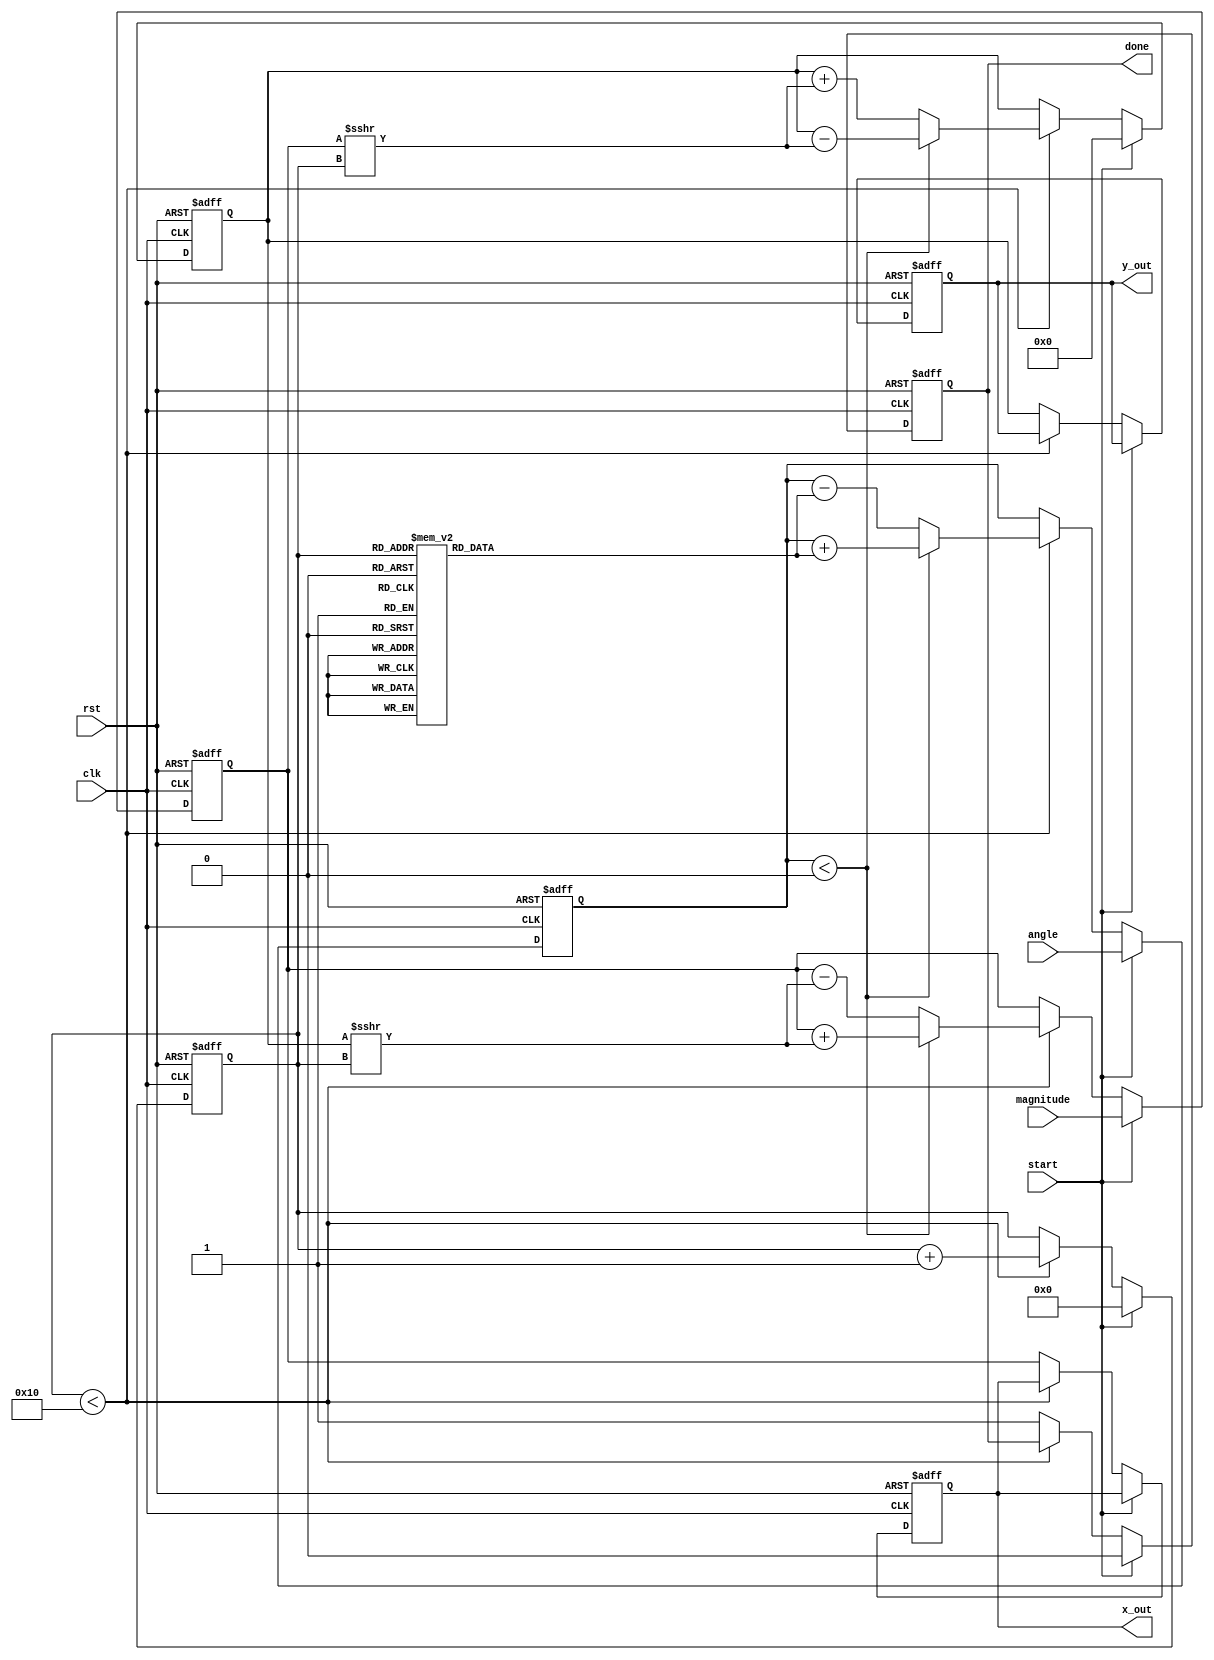
module cordic (
    input wire clk,
    input wire rst,
    input wire [15:0] angle, // Input angle in fixed-point format
    input wire [15:0] magnitude, // Input magnitude for vector operations
    input wire start,
    output reg [15:0] x_out, // Output for x coordinate
    output reg [15:0] y_out, // Output for y coordinate
    output reg done // Indicates completion of computation
);

    // CORDIC parameters
    parameter NUM_ITERATIONS = 16; // Number of iterations
    reg [15:0] atan_table [0:NUM_ITERATIONS-1]; // Lookup table for arctangent values
    reg [15:0] x, y, z; // Internal registers for x, y, and angle
    reg [3:0] iteration; // Iteration counter

    // Initialize the arctangent lookup table
    initial begin
        atan_table[0] = 16'h2000; // atan(2^0) = 0.7854 (in fixed-point)
        atan_table[1] = 16'h1000; // atan(2^-1)
        atan_table[2] = 16'h0800; // atan(2^-2)
        atan_table[3] = 16'h0400; // atan(2^-3)
        // Continue filling the table...
        // atan_table[4] = ...
        // ...
        atan_table[15] = 16'h0001; // atan(2^-15)
    end

    // State machine for CORDIC computation
    always @(posedge clk or posedge rst) begin
        if (rst) begin
            x <= 0;
            y <= 0;
            z <= 0;
            iteration <= 0;
            done <= 0;
            x_out <= 0;
            y_out <= 0;
        end else if (start) begin
            // Initialize values
            x <= magnitude; // Start with the input magnitude
            y <= 0; // Initial y is 0
            z <= angle; // Load the input angle
            iteration <= 0; // Reset iteration counter
            done <= 0; // Reset done flag
        end else if (iteration < NUM_ITERATIONS) begin
            // CORDIC rotation algorithm
            if (z < 0) begin
                // Rotate clockwise
                x <= x + (y >>> iteration);
                y <= y - (x >>> iteration);
                z <= z + atan_table[iteration];
            end else begin
                // Rotate counterclockwise
                x <= x - (y >>> iteration);
                y <= y + (x >>> iteration);
                z <= z - atan_table[iteration];
            end
            iteration <= iteration + 1; // Increment iteration
        end else begin
            // Computation done
            done <= 1;
            x_out <= x; // Output x coordinate
            y_out <= y; // Output y coordinate
        end
    end

endmodule